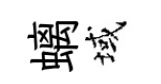
螭域